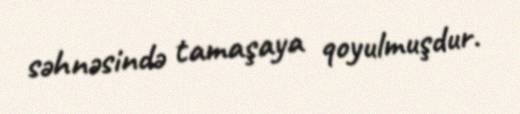
səhnəsində tamaşaya qoyulmuşdur.